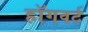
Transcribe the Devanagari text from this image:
हॉगवर्ट